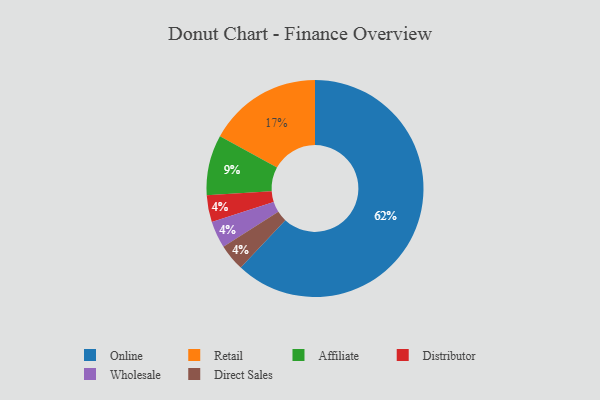
{"axis": {"x": "Category", "y": "Percentage"}, "legend": ["Affiliate", "Direct Sales", "Distributor", "Online", "Retail", "Wholesale"], "data": [{"x": "Online", "y": 62, "type": "Online"}, {"x": "Distributor", "y": 4, "type": "Distributor"}, {"x": "Affiliate", "y": 9, "type": "Affiliate"}, {"x": "Wholesale", "y": 4, "type": "Wholesale"}, {"x": "Direct Sales", "y": 4, "type": "Direct Sales"}, {"x": "Retail", "y": 17, "type": "Retail"}]}